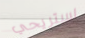
استريحي